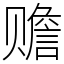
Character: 赡